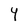
Character: Y